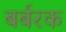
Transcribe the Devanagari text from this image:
बर्बरक